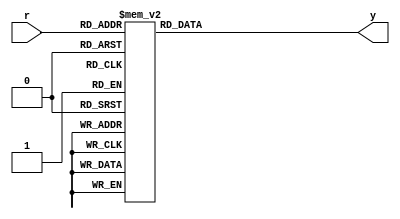
module encoder_2_4
    (
        input wire [4:1] r,
        output reg [2:0] y
    );

    always @(*) 
    begin
        case(r)
            4'b1000, 4'b1001, 4'b1010, 4'b1011,
            4'b1100, 4'b1101, 4'b1110, 4'b1111:
                y = 3'b100;
            4'b0100, 4'b0101, 4'b0110, 4'b0111:
                y = 3'b011;
            4'b0010, 4'b0011:
                y = 3'b010;
            4'b0001:
                y = 3'b001;
            default:
                y = 3'b000;
        endcase    
    end

endmodule